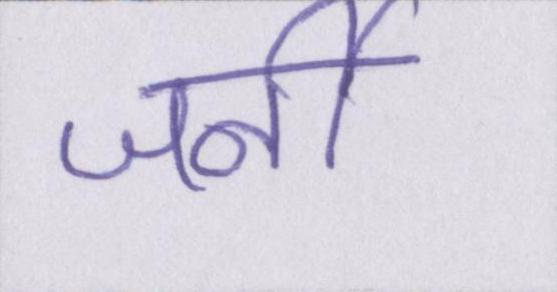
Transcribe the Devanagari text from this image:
जर्नी